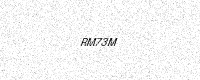
Text: RM73M